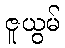
ဇူယွမ်